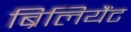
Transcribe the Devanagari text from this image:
ब्रिलियैंट